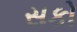
સકો